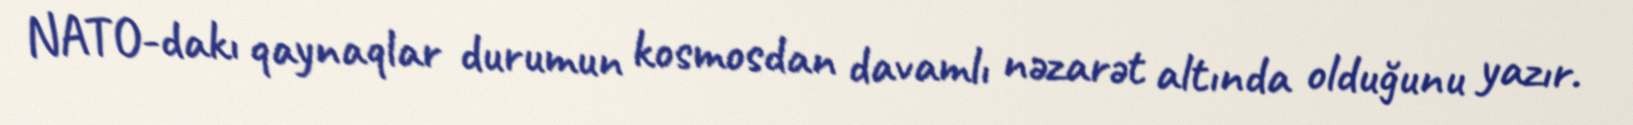
NATO-dakı qaynaqlar durumun kosmosdan davamlı nəzarət altında olduğunu yazır.